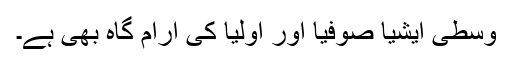
وسطی ایشیا صوفیا اور اولیا کی آرام گاہ بھی ہے۔